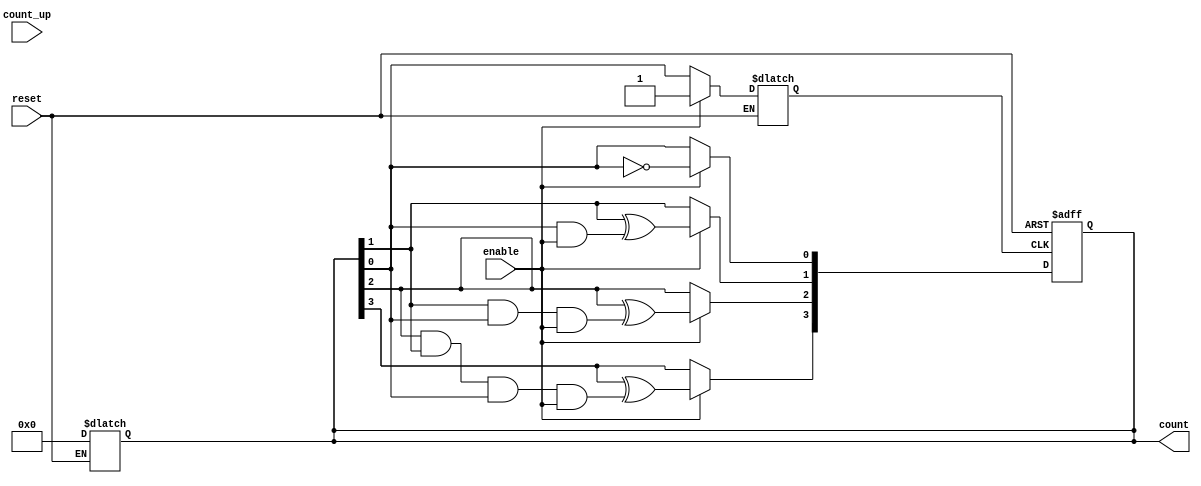
module dynamic_asynchronous_counter (
    input wire enable,      // Enable signal for counting
    input wire reset,       // Asynchronous reset signal
    input wire count_up,    // Signal to count up (1) or down (0)
    output reg [3:0] count  // 4-bit output for the counter value
);

    // Internal signals for T flip-flops
    reg [3:0] t_ff;

    // Asynchronous reset and counting logic
    always @(*) begin
        if (reset) begin
            count = 4'b0000; // Reset counter to 0
        end else if (enable) begin
            // Count up or down based on count_up signal
            if (count_up) begin
                t_ff[0] = 1'b1; // Toggle LSB
                t_ff[1] = count[0]; // T for next flip-flop
                t_ff[2] = count[1] & count[0]; // T for next flip-flop
                t_ff[3] = count[2] & count[1] & count[0]; // T for MSB
            end else begin
                t_ff[0] = 1'b1; // Toggle LSB
                t_ff[1] = ~count[0]; // T for next flip-flop
                t_ff[2] = ~count[1] & ~count[0]; // T for next flip-flop
                t_ff[3] = ~count[2] & ~count[1] & ~count[0]; // T for MSB
            end
        end else begin
            t_ff = count; // Hold current state if not enabled
        end
    end

    // Sequential logic to update count based on T flip-flops
    always @(posedge t_ff[0] or posedge reset) begin
        if (reset) begin
            count <= 4'b0000; // Reset counter to 0
        end else if (enable) begin
            count[0] <= ~count[0]; // Toggle LSB
            count[1] <= count[1] ^ (count[0] & enable); // Toggle next bit
            count[2] <= count[2] ^ (count[1] & count[0] & enable); // Toggle next bit
            count[3] <= count[3] ^ (count[2] & count[1] & count[0] & enable); // Toggle MSB
        end
    end

endmodule